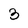
Character: 3